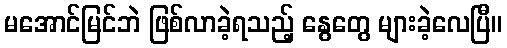
မအောင်မြင်ဘဲ ဖြစ်လာခဲ့ရသည့် နွေတွေ များခဲ့လေပြီ။